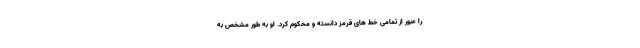
را عبور از تمامی خط های قرمز دانسته و محکوم کرد. او به طور مشخص به